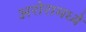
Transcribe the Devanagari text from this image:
अरोरामध्ये